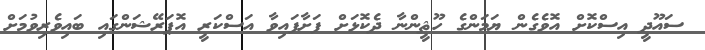
ސައޫދީ އިސްކޮށް އޮވެގެން ޔަމަންގެ ހޫޘީންނާ ދެކޮޅަށް ފަށާފައިވާ އަސްކަރީ އޮޕަރޭޝަންގައި ބައިވެރިވުމަށް